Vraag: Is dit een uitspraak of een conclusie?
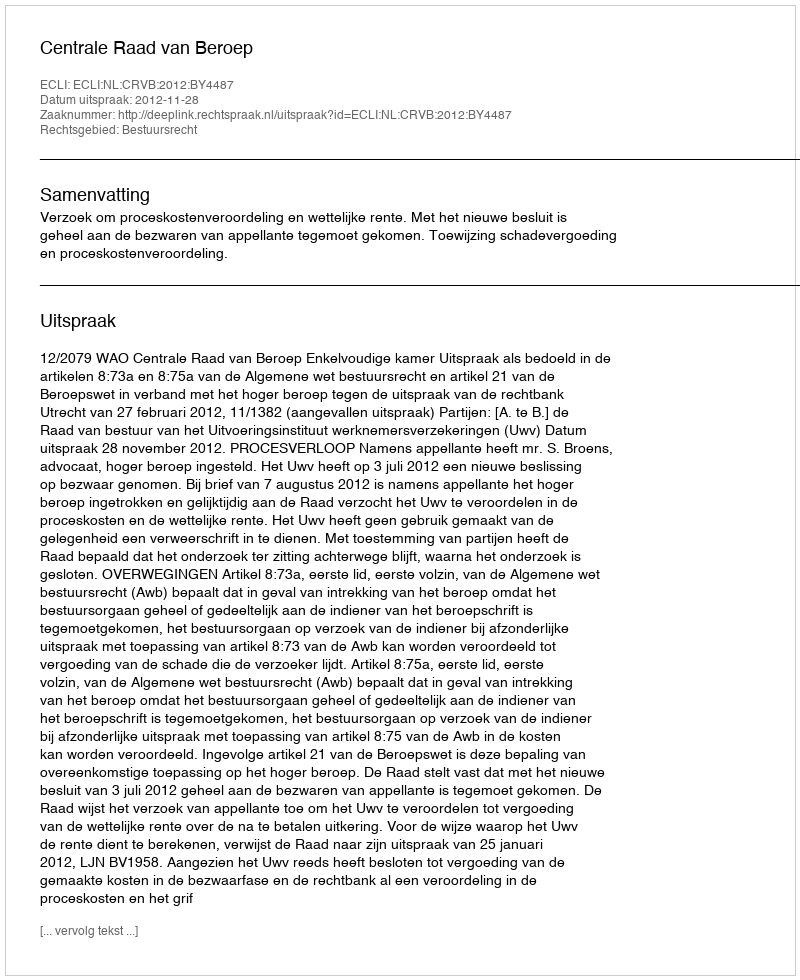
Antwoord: Uitspraak